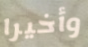
وأخيرا